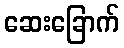
ဆေးခြောက်